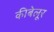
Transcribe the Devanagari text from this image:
कीबेलूर